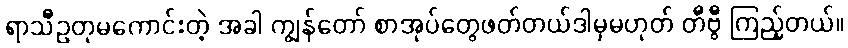
ရာသီဥတုမကောင်းတဲ့ အခါ ကျွန်တော် စာအုပ်တွေဖတ်တယ်ဒါမှမဟုတ် တီဗွီ ကြည့်တယ်။